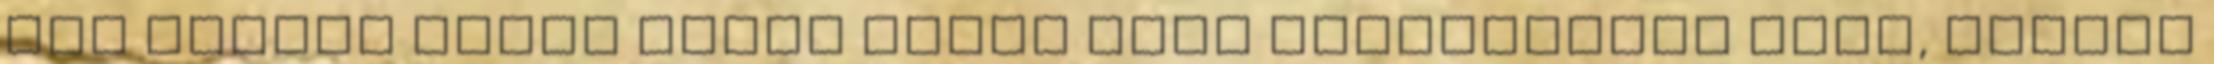
Egy fiatal pasas minek állna neki mesekönyvet írni, amiben